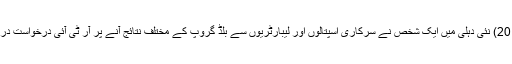
23مئی 2018) نئی دہلی میں ایک شخص نے سرکاری اسپتالوں اور لیبارٹریوں سے بلڈ گروپ کے مختلف نتائج آنے پر آر ٹی آئی درخواست درج کروا دی۔